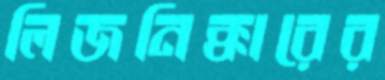
লিজনিক্কারের